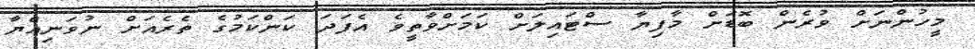
މީހުންނަށް ވުރެން ބޮޑަށް މާފިޔާ ސްޓައިލަށް ކަމަށްވާތީވެ އެފަދަ ކަންކަމުގެ ތެރެއަށް ނުވަނިއްޔާ